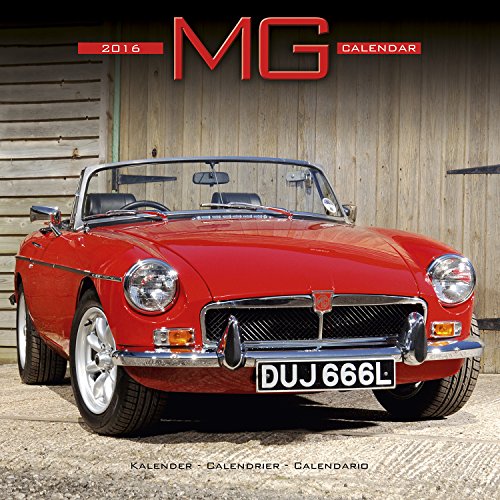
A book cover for MG Calendar- 2016 Wall calendars - Car Calendar - Automobile Calendar - Monthly Wall Calendar by Avonside; MegaCalendars; Calendars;